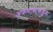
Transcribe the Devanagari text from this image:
अफगाणाकडून